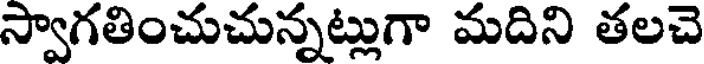
స్వాగతించుచున్నట్లుగా మదిని తలచె